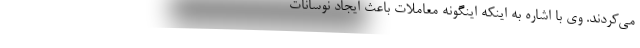
می‌کردند. وی با اشاره به اینکه اینگونه معاملات باعث ایجاد نوسانات